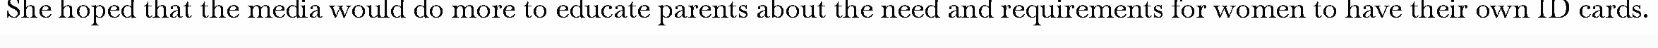
She hoped that the media would do more to educate parents about the need and requirements for women to have their own ID cards.